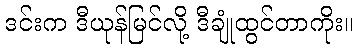
ဒင်းက ဒီယုန်မြင်လို့ ဒီချုံထွင်တာကိုး။